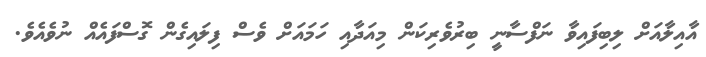
އާއިލާއަށް ލިބިފައިވާ ނަފްސާނީ ބިރުވެރިކަން މިއަދާއި ހަމައަށް ވެސް ފިލައިގެން ގޮސްފައެއް ނުވެއެވެ.